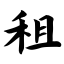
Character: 租